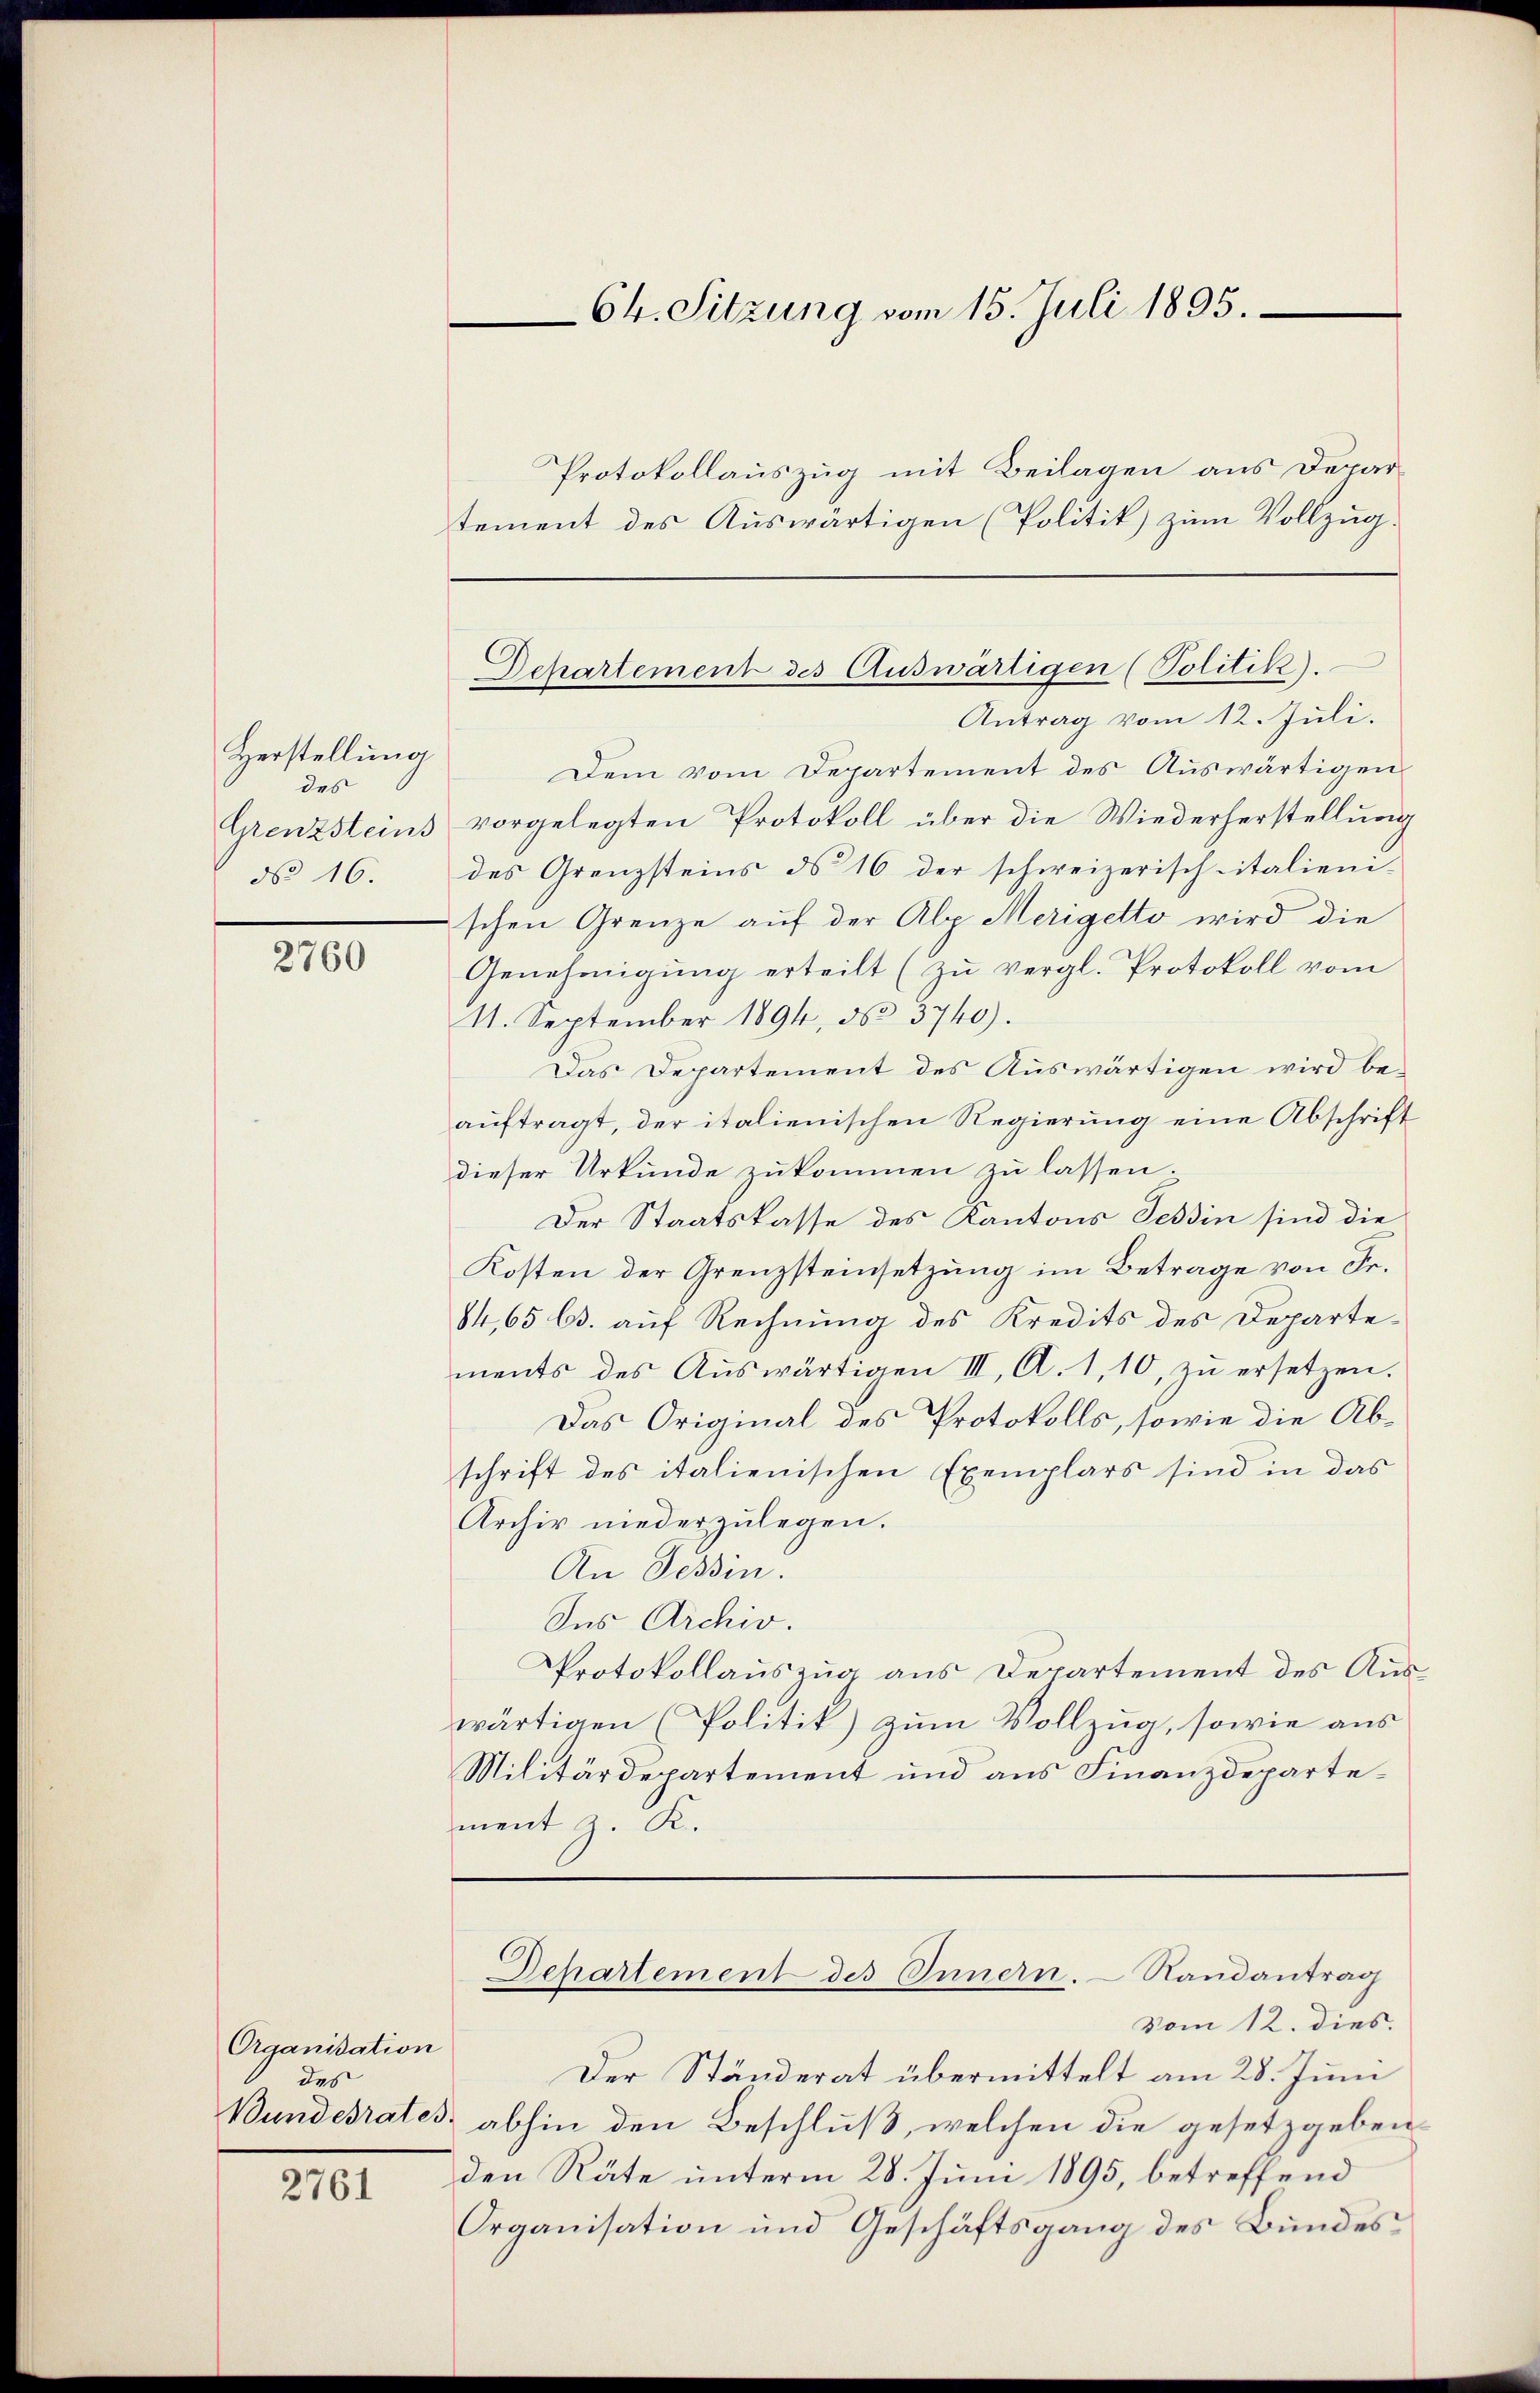
Herstellung
des
No 16.

2760

Organisation
des
Bundesrates

2761

Protokollauszug mit Beilagen aus Departement des Auswärtigen (Politik) zum Vollzug.

64. Sitzung vom 15. Juli 1895.

Dchartement des Auswärtigen (Politik.

Antrag vom 12. Juli.
Dem vom Departement des Auswärtigen
Grenzsteins vorgelegten Protokoll über die Wiederherstellung
des Grenzsteins ds 16 der schweizerisch italienischen Grenze auf der Alp Merigetto wird die
Genehmigung erteilt (zu vergl. Protokoll vom
11. September 1894, No 3740).
Das Departement des Auswärtigen wird beauftragt, der italienischen Regierung eine Abschrift
dieser Urkunde zukommen zu lassen.
Der Staatskasse des Kantons Tessin sind die
Kosten der Grenzsteinsetzung im Betrage von Fr.
84, 65 (s. auf Rechnung des Kredits des Departements des Auswärtigen III, A. 1, 10, zu ersetzen.
Das Original des Protokolls, sowie die Abschrift des italienischen Exemplars sind in das
Archiv niederzulegen.
An Tessin.
Ius Archiv.
Protokollauszug aus Departement des Auswärtigen (Politik) zum Vollzug, sowie aus
Militärdepartement und aus Finanzdepartement z. R.

Departement des Innern. Randantrag

Vom 12. dies.
Der Ständerat übermittelt am 28. Juni
 abhin den Beschluß, welchen die gesetzgeben
den Räte unterm 28. Juni 1895, betreffend
Organisation und Geschäftsgang des Bundes¬